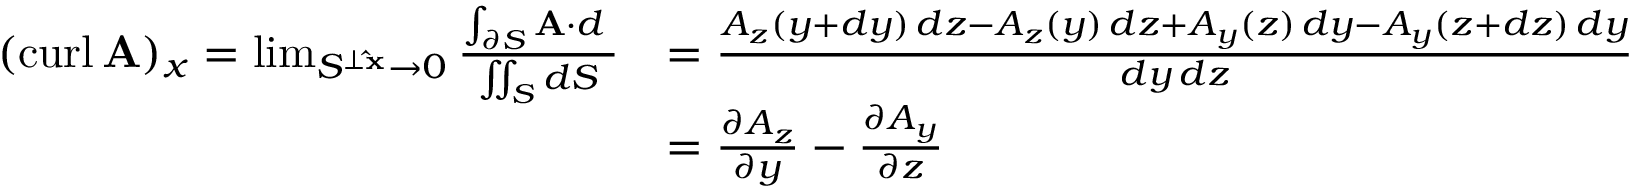
{ \begin{array} { r l } { ( \operatorname { c u r l } \mathbf { A } ) _ { x } = \operatorname* { l i m } _ { S ^ { \perp \mathbf { \hat { x } } } \to 0 } { \frac { \int _ { \partial S } \mathbf { A } \cdot d \mathbf { \ell } } { \iint _ { S } d S } } } & { = { \frac { A _ { z } ( y + d y ) \, d z - A _ { z } ( y ) \, d z + A _ { y } ( z ) \, d y - A _ { y } ( z + d z ) \, d y } { d y \, d z } } } \\ & { = { \frac { \partial A _ { z } } { \partial y } } - { \frac { \partial A _ { y } } { \partial z } } } \end{array} }